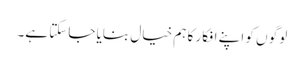
لوگو ں کو اپنے افکار کا ہم خیال بنایا جاسکتا ہے۔